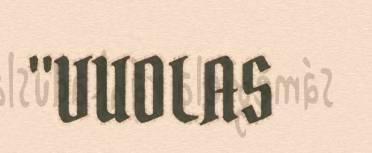
"VUOLAS